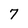
Character: 7